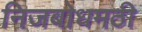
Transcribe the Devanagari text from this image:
निजबोधमठी